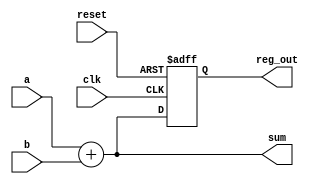
module example_design (
    input wire clk,          // Clock input
    input wire reset,        // Reset input
    input wire [3:0] a,     // 4-bit input a
    input wire [3:0] b,     // 4-bit input b
    output reg [3:0] sum,    // 4-bit output sum
    output reg [3:0] reg_out // 4-bit registered output
);

// Combinational logic using always @*
always @* begin
    sum = a + b; // Calculate the sum of a and b
end

// Sequential logic using always @(posedge clk)
always @(posedge clk or posedge reset) begin
    if (reset) begin
        reg_out <= 4'b0000; // Reset reg_out to 0
    end else begin
        reg_out <= sum; // Update reg_out with the current sum on clock edge
    end
end

endmodule